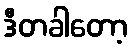
ဒီတခါတော့